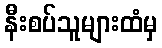
နီးစပ်သူများထံမှ